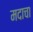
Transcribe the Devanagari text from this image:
मदाचा